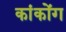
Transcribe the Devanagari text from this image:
कांकोंग